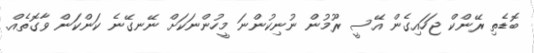
ބޮޑެތި ރޭންކް ޖަހައިގެން އޭސީ ރޫމުން ނުނިކުންނަ މީހުންނަކަށް ނޭނގޭނެ ކަންކަން ވާގޮތެއް.